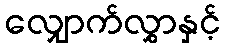
လျှောက်လွှာနှင့်